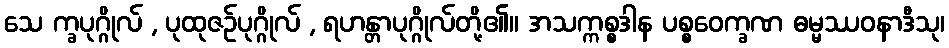
သေ က္ခပုဂ္ဂိုလ် , ပုထုဇဉ်ပုဂ္ဂိုလ် , ရဟန္တာပုဂ္ဂိုလ်တို့၏။ အသက္ကစ္စဒါန ပစ္စဝေက္ခဏ ဓမ္မဿဝနာဒီသု၊